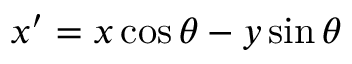
x ^ { \prime } = x \cos \theta - y \sin \theta